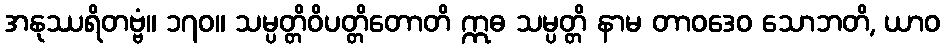
အနုဿရိတဗ္ဗံ။ ၁၇၀။ သမ္ပတ္တိဝိပတ္တိတောတိ ဣဓ သမ္ပတ္တိ နာမ တာဝဒေဝ သောဘတိ, ယာဝ